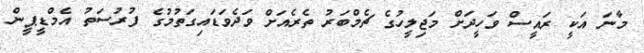
މާނަ އަކީ ރައީސް ވަހީދަށް މަޖިލީހުގެ ޗެމްބަރު ތެރެއަށް ވަދެވަޑައިގަތުމުގެ ފުރުސަތު އެމްޑީޕީން